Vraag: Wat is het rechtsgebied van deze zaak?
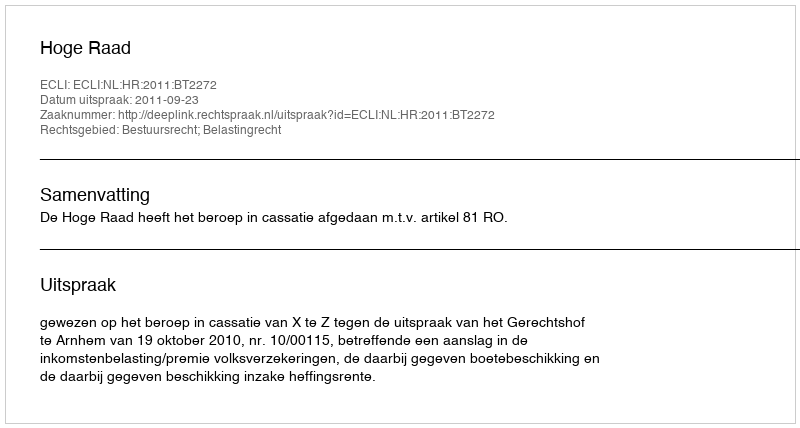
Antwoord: Bestuursrecht; Belastingrecht